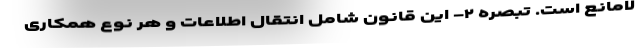
لامانع است. تبصره ۲- این قانون شامل انتقال اطلاعات و هر نوع همکاری